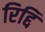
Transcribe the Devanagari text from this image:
रिद्दि